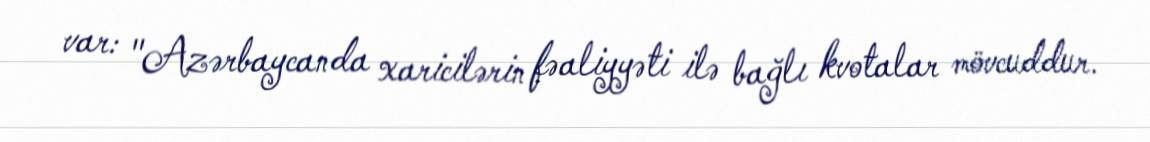
var: "Azərbaycanda xaricilərin fəaliyyəti ilə bağlı kvotalar mövcuddur.